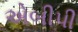
એબીપી